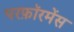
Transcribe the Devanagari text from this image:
परफ़ॉरमेंस